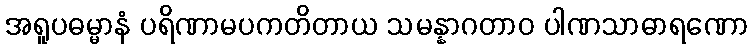
အရူပဓမ္မာနံ ပရိဏာမပကတိတာယ သမန္နာဂတာဝ ပါဏသာဓာရဏော